Lunatic asylums in Bengal annual reports 1888-1898 - 1888-1898
Year: 1888
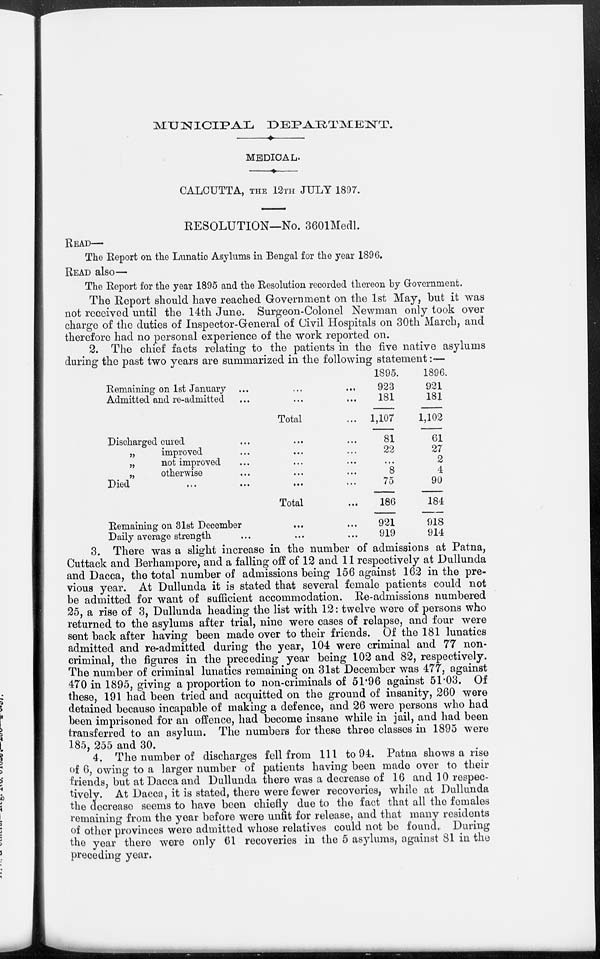
MUNICIPAL
DEPARTMENT.
MEDICAL.
CALCUTTA, THE 12TH JULY 1897.
RESOLUTION—No. 3601 Medl.
READ—
The Report on the Lunatic Asylums in Bengal for the year 1896.
READ also—
The Report for the year 1895 and the Resolution recorded thereon by Government.
The Report should have reached Government on the 1st May, but it was
not received until the 14th June. Surgeon-Colonel Newman only took over
charge of the duties of Inspector-General of Civil Hospitals on 30th March, and
therefore had no personal experience of the work reported on.
2. The chief facts relating to the patients in the five native asylums
during the past two years are summarized in the following statement:—
Remaining on 1st January ...
...
...
Admitted and re-admitted ... ... ...
Total ...
Discharged cured ... ... ...
„
improved ... ... ...
„
not improved ... ... ...
„
otherwise ... ... ...
Died ... ... ... ...
Total ...
Remaining on 31st December ... ...
Daily average strength ... ... ...
1895.
923
181
1,107
81
22
...
8
75
186
921
919
1896.
921
181
1,102
61
27
2
4
90
184
918
914
3. There was a slight increase in the number of admissions at Patna,
Cuttack and Berhampore, and a falling off of 12 and 11 respectively at Dullunda
and Dacca, the total number of admissions being 156 against 162 in the pre-
vious year. At Dullunda it is stated that several female patients could not
be admitted for want of sufficient accommodation. Re-admissions numbered
25, a rise of 3, Dullunda heading the list with 12: twelve were of persons who
returned to the asylums after trial, nine were cases of relapse, and four were
sent back after having been made over to their friends. Of the 181 lunatics
admitted and re-admitted during the year, 104 were criminal and 77 non-
criminal, the figures in the preceding year being 102 and 82, respectively.
The number of criminal lunatics remaining on 31st December was 477, against
470 in 1895, giving a proportion to non-criminals of 51.96 against 51.03. Of
these, 191 had been tried and acquitted on the ground of insanity, 260 were
detained because incapable of making a defence, and 26 were persons who had
been imprisoned for an offence, had become insane while in jail, and had been
transferred to an asylum. The numbers for these three classes in 1895 were
185, 255 and 30.
4. The number of discharges fell from 111 to 94. Patna shows a rise
of 6, owing to a larger number of patients having been made over to their
friends, but at Dacca and Dullunda there was a decrease of 16 and 10 respec-
tively. At Dacca, it is stated, there were fewer recoveries, while at Dullunda
the decrease seems to have been chiefly due to the fact that all the females
remaining from the year before were unfit for release, and that many residents
of other provinces were admitted whose relatives could not be found. During
the year there were only 61 recoveries in the 5 asylums, against 81 in the
preceding year.